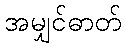
အမျှင်ဓာတ်